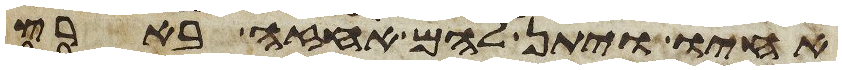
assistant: אחיו ויתן להם אחזה בארץ